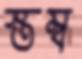
স্তম্ব